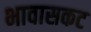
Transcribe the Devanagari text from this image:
भावासकट